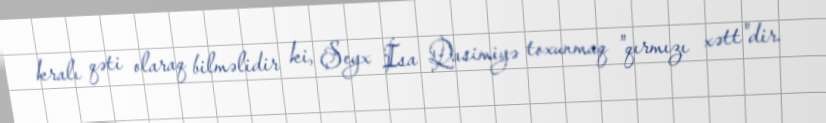
kralı qəti olaraq bilməlidir ki, Şeyx İsa Qasimiyə toxunmaq "qırmızı xətt"dir.